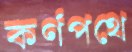
কর্ণপথে